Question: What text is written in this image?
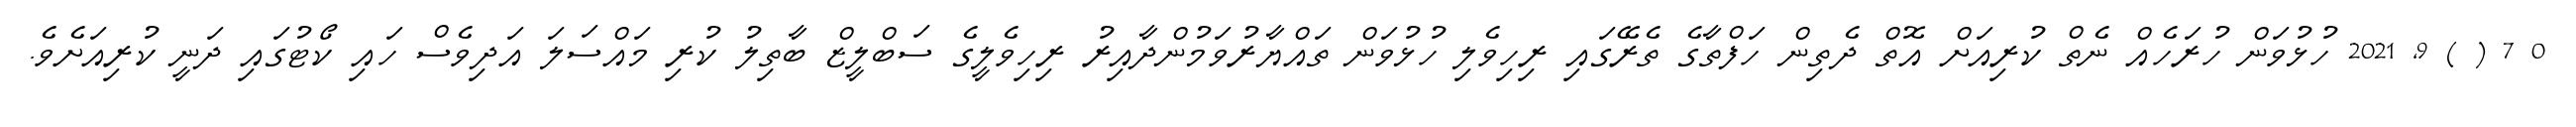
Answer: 0 7 ( ) 9, 2021 ހުޅުވަން ހުރަހެއް ނެތް ކުރިއަށް އޮތް ދެތިން ހަފްތާގެ ތެރޭގައި ރިހިވެލި ހުޅުވަން ތައްޔާރުވަމުންދާއިރު ރިހިވެލީގެ ސަބްލީޒް ބާތިލު ކުރި މައްސަލަ އަދިވެސް ހައި ކޯޓުގައި ދަނީ ކުރިއަށެވެ.